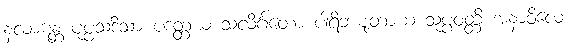
နလာဋန္တံ ပုပ္ဖသဒိသာ ပဒတ္တယံ သလိင်္ဂတော ပါရိဘဋျတာယ သုပ္ပဝတ္တိ အနာဝိလေ